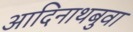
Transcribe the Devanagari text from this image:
आदिनाथबुवा